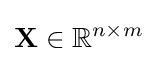
\mathbf {X} \in \mathbb {R} ^{n\times m}